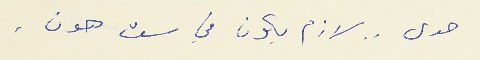
حدى . . لازم يكون في ست هون .